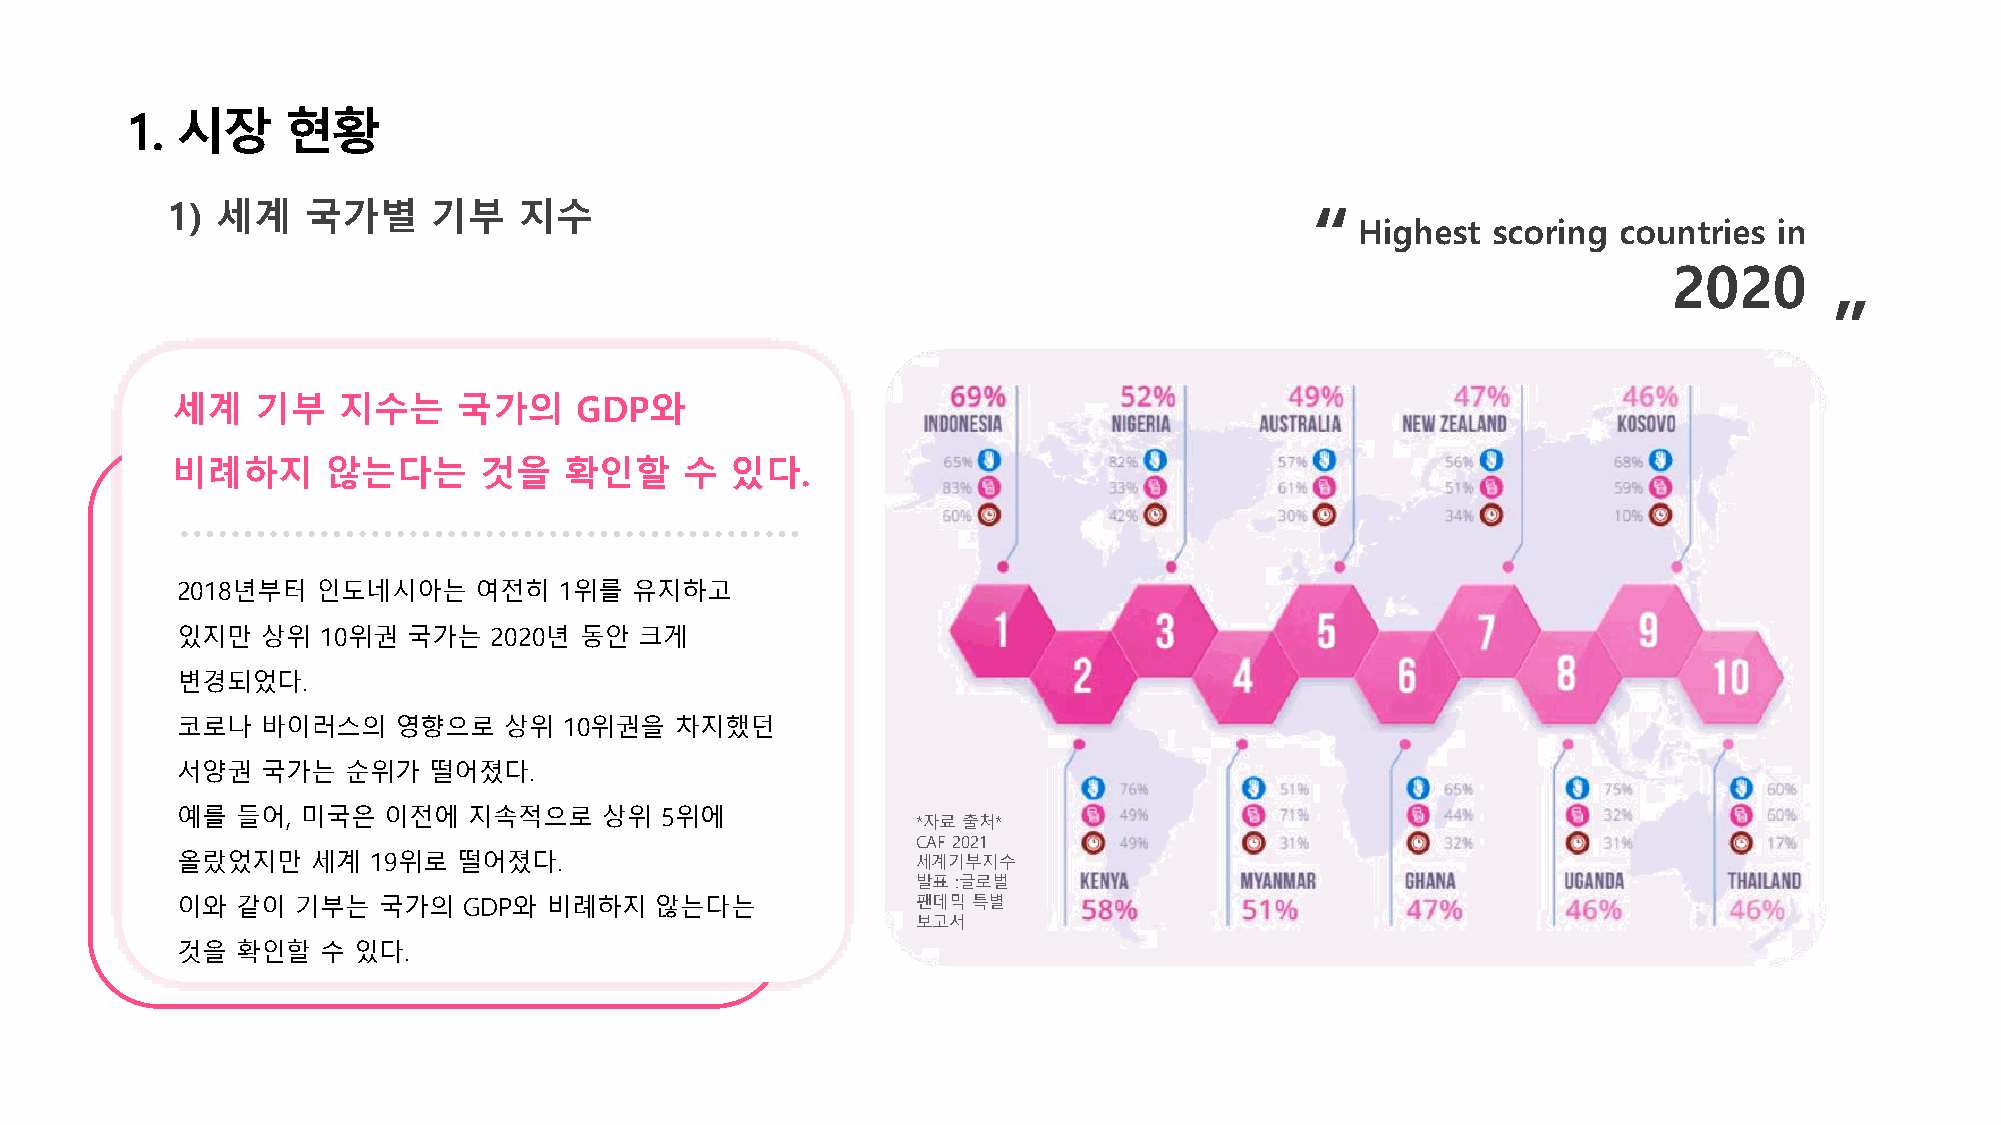
1.  시장     현황
 1) 세계    국가별     기부    지수                                                   “
 Highest  scoring countries  in
 2020
 ”
 세계    기부   지수는     국가의     GDP와
 비례하지       않는다는      것을   확인할     수  있다.
 2018년부터  인도네시아는    여전히   1위를  유지하고
 있지만  상위  10위권  국가는  2020년 동안  크게
 변경되었다.
 코로나  바이러스의    영향으로   상위  10위권을   차지했던
 서양권  국가는   순위가  떨어졌다.
 예를  들어, 미국은  이전에   지속적으로    상위  5위에
 *자료출처*
 CAF 2021
 올랐었지만    세계  19위로 떨어졌다.                          세계기부지수
 발표:글로벌
 이와  같이  기부는  국가의   GDP와 비례하지   않는다는              팬데믹특별
 보고서
 것을  확인할  수 있다.